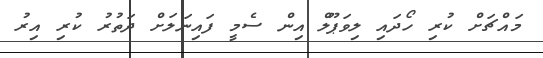
މައްޗަށް ކުރި ހޯދައި ލިވަޕޫލް އިން ސެމީ ފައިނަލަށް ދަތުރު ކުރި އިރު